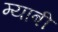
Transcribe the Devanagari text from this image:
म्याबी